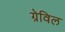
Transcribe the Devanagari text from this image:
ग्रेविल